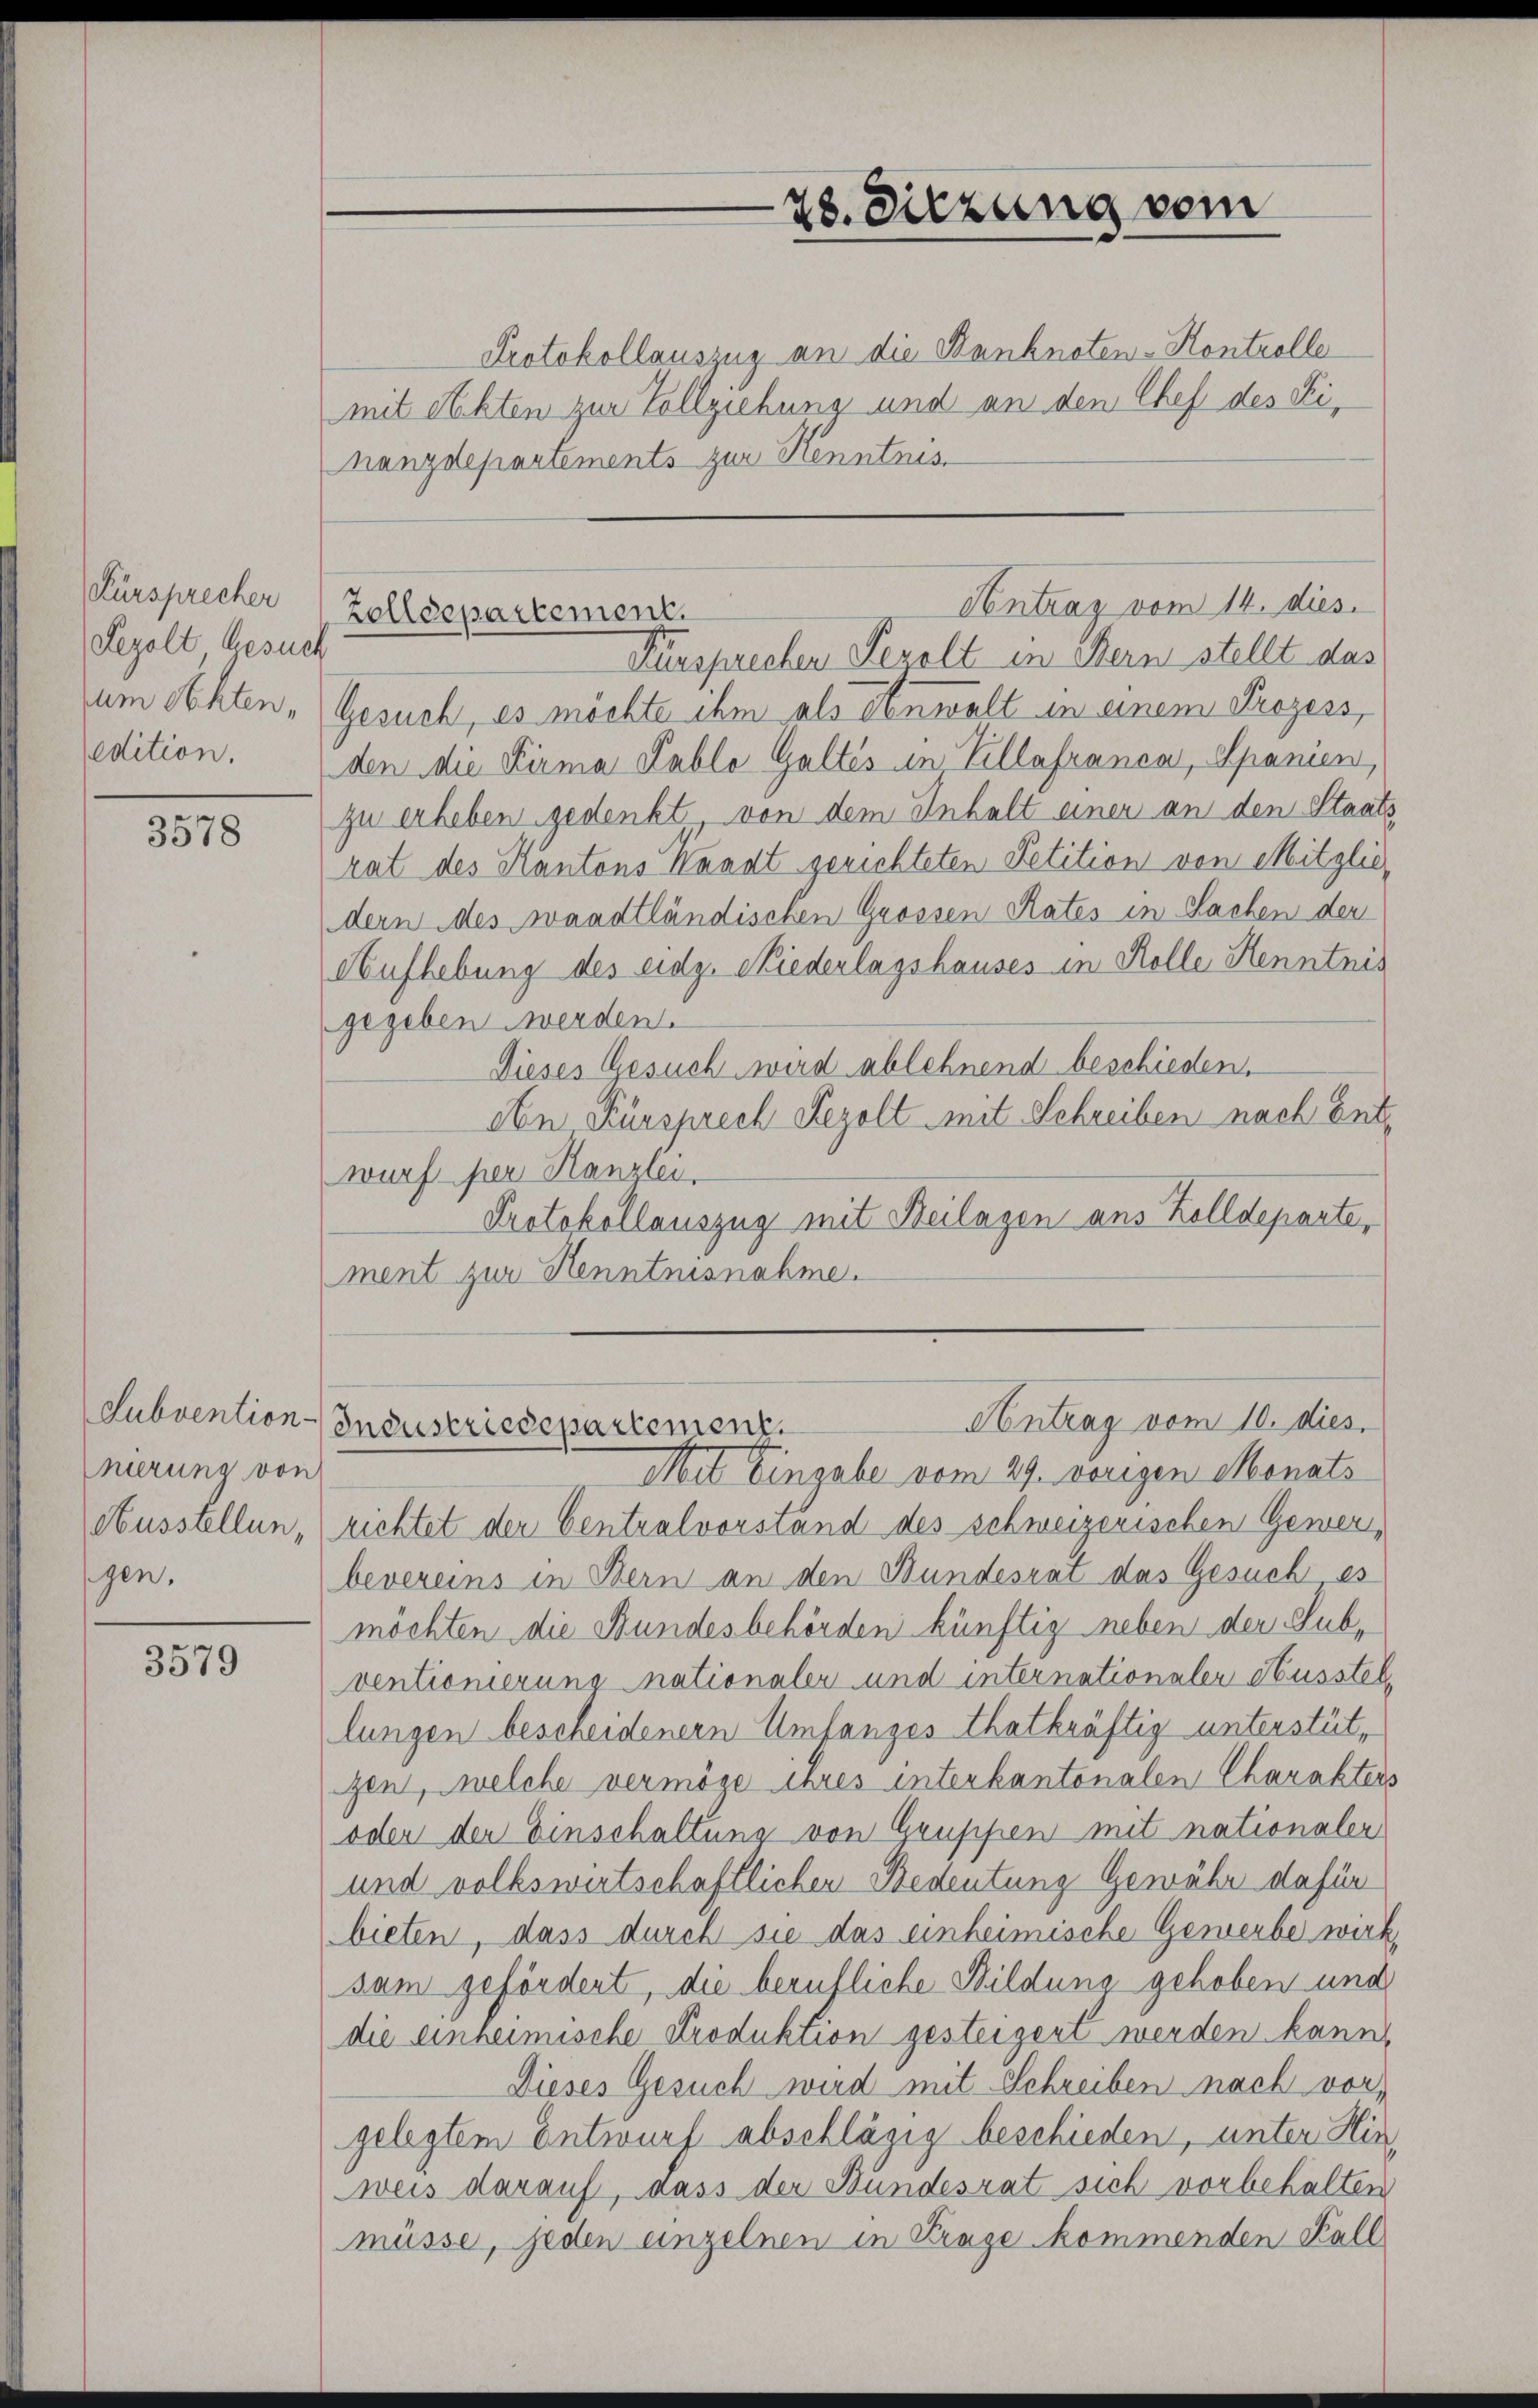
Fürsprecher
Regolt Gesuch
um Ochten,
edition.

3578

Subvention
nierung von
Ausstellen,
gen.

3579

Protokollauszug an die Banknoten-Kontrolle
mit Rechten zur Vollziehung und an den Chef des Finanzdepartements zur Kenntnis
Fürsprechen Perolt in Bern stellt das
Gesuch, es möchte ihm als Einwalt in einem Prozess,
den die Firma Pablo Galtés in Villafranca, Spanien,
zu erheben gedenkt von dem Inhalt einer an den Staats
rat des Kantons Knadt gerichteten Petition von Mitglie,
dern des Waadtländischen Grossen Rates in Sachen der
Aufhebung des eidg. Niederlagshauses in Kolle Henntnis
gegeben werden.
Dieses Gesuch wird ablehnend beschieden.
An Kürsprech Sezolt mit Schreiben nach Entwurf per Kanzlei,
Protokollauszug mit Beilagen aus Zolldeparte,
ment zur Kenntnisnahme.

28. Sitzung vom
.

Antrag vom 14. dies
Zolldepartement.

Antrag vom 10. dies.
Industriedepartement.

Mit Eingabe vom 29. vorigen Monats
richtet der Centralvorstand des schweizerischen Gewerbevereins in Bern an den Bundesrat das Gesuch es
möchten die Bundesbehörden künftig neben der Subventionierung nationaler und internationaler Husstel
lungen bescheidenern Umfanges thatkräftig unterstütgen, welche vermöge ihres interkantonalen Charakters
oder der Einschaltung von Gruppen mit nationaler
und volkswirtschaftlichen Bedeutung Gewähr dafür
bieten, dass durch sie das einheimische Gewerbe wirk
sam gefördert, die berufliche Bildung gehoben und
die einheimische Produktion gesteigert werden kann,
Dieses Gesuch wird mit Schreiben nach vor,
gelegtem Entwurf abschlägig beschieden, unter Hinweis darauf, dass der Bundesrat sich vorbehalten
müsse, jeden einzelnen in Trage kommenden Kall